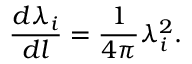
\frac { d \lambda _ { i } } { d l } = \frac { 1 } { 4 \pi } \lambda _ { i } ^ { 2 } .